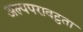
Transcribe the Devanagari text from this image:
अल्पपरावटुता